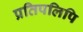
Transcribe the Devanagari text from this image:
प्रतिपलिपि